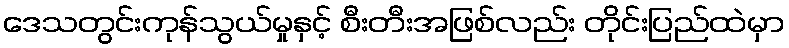
ဒေသတွင်းကုန်သွယ်မှုနှင့် စီးတီးအဖြစ်လည်း တိုင်းပြည်ထဲမှာ